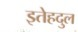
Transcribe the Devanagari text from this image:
इतेहदुल